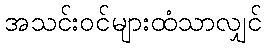
အသင်းဝင်များထံသာလျှင်